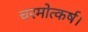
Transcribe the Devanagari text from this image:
चरमोत्कर्ष।